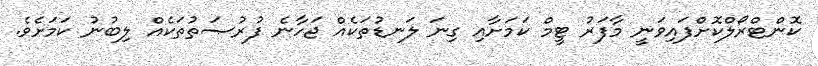
ކޮންޓްރޯލްކޮށްފައިވަނީ މާފަރު ޓީމް ކަމަށާއި ގިނަ ލަނޑުތަކެއް ޖަހާނެ ފުރުޞަތުތަކެއް ލިބުނު ކަމަށެވެ.